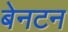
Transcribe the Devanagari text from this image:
बेनटन